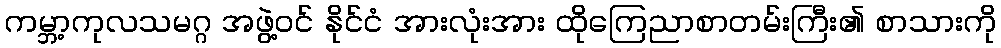
ကမ္ဘာ့ကုလသမဂ္ဂ အဖွဲ့ဝင် နိုင်ငံ အားလုံးအား ထိုကြေညာစာတမ်းကြီး၏ စာသားကို